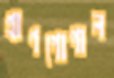
প্রাণগোপাল